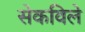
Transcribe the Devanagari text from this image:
सेकविले